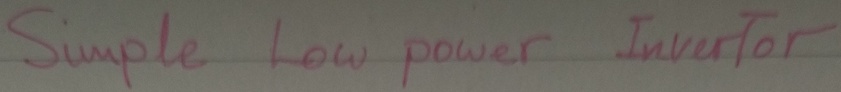
Text: Simple Low power Invertor